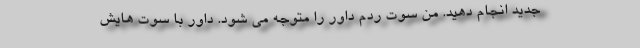
جدید انجام دهید. من سوت ردم داور را متوجه می شود. داور با سوت هایش